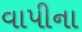
વાપીના